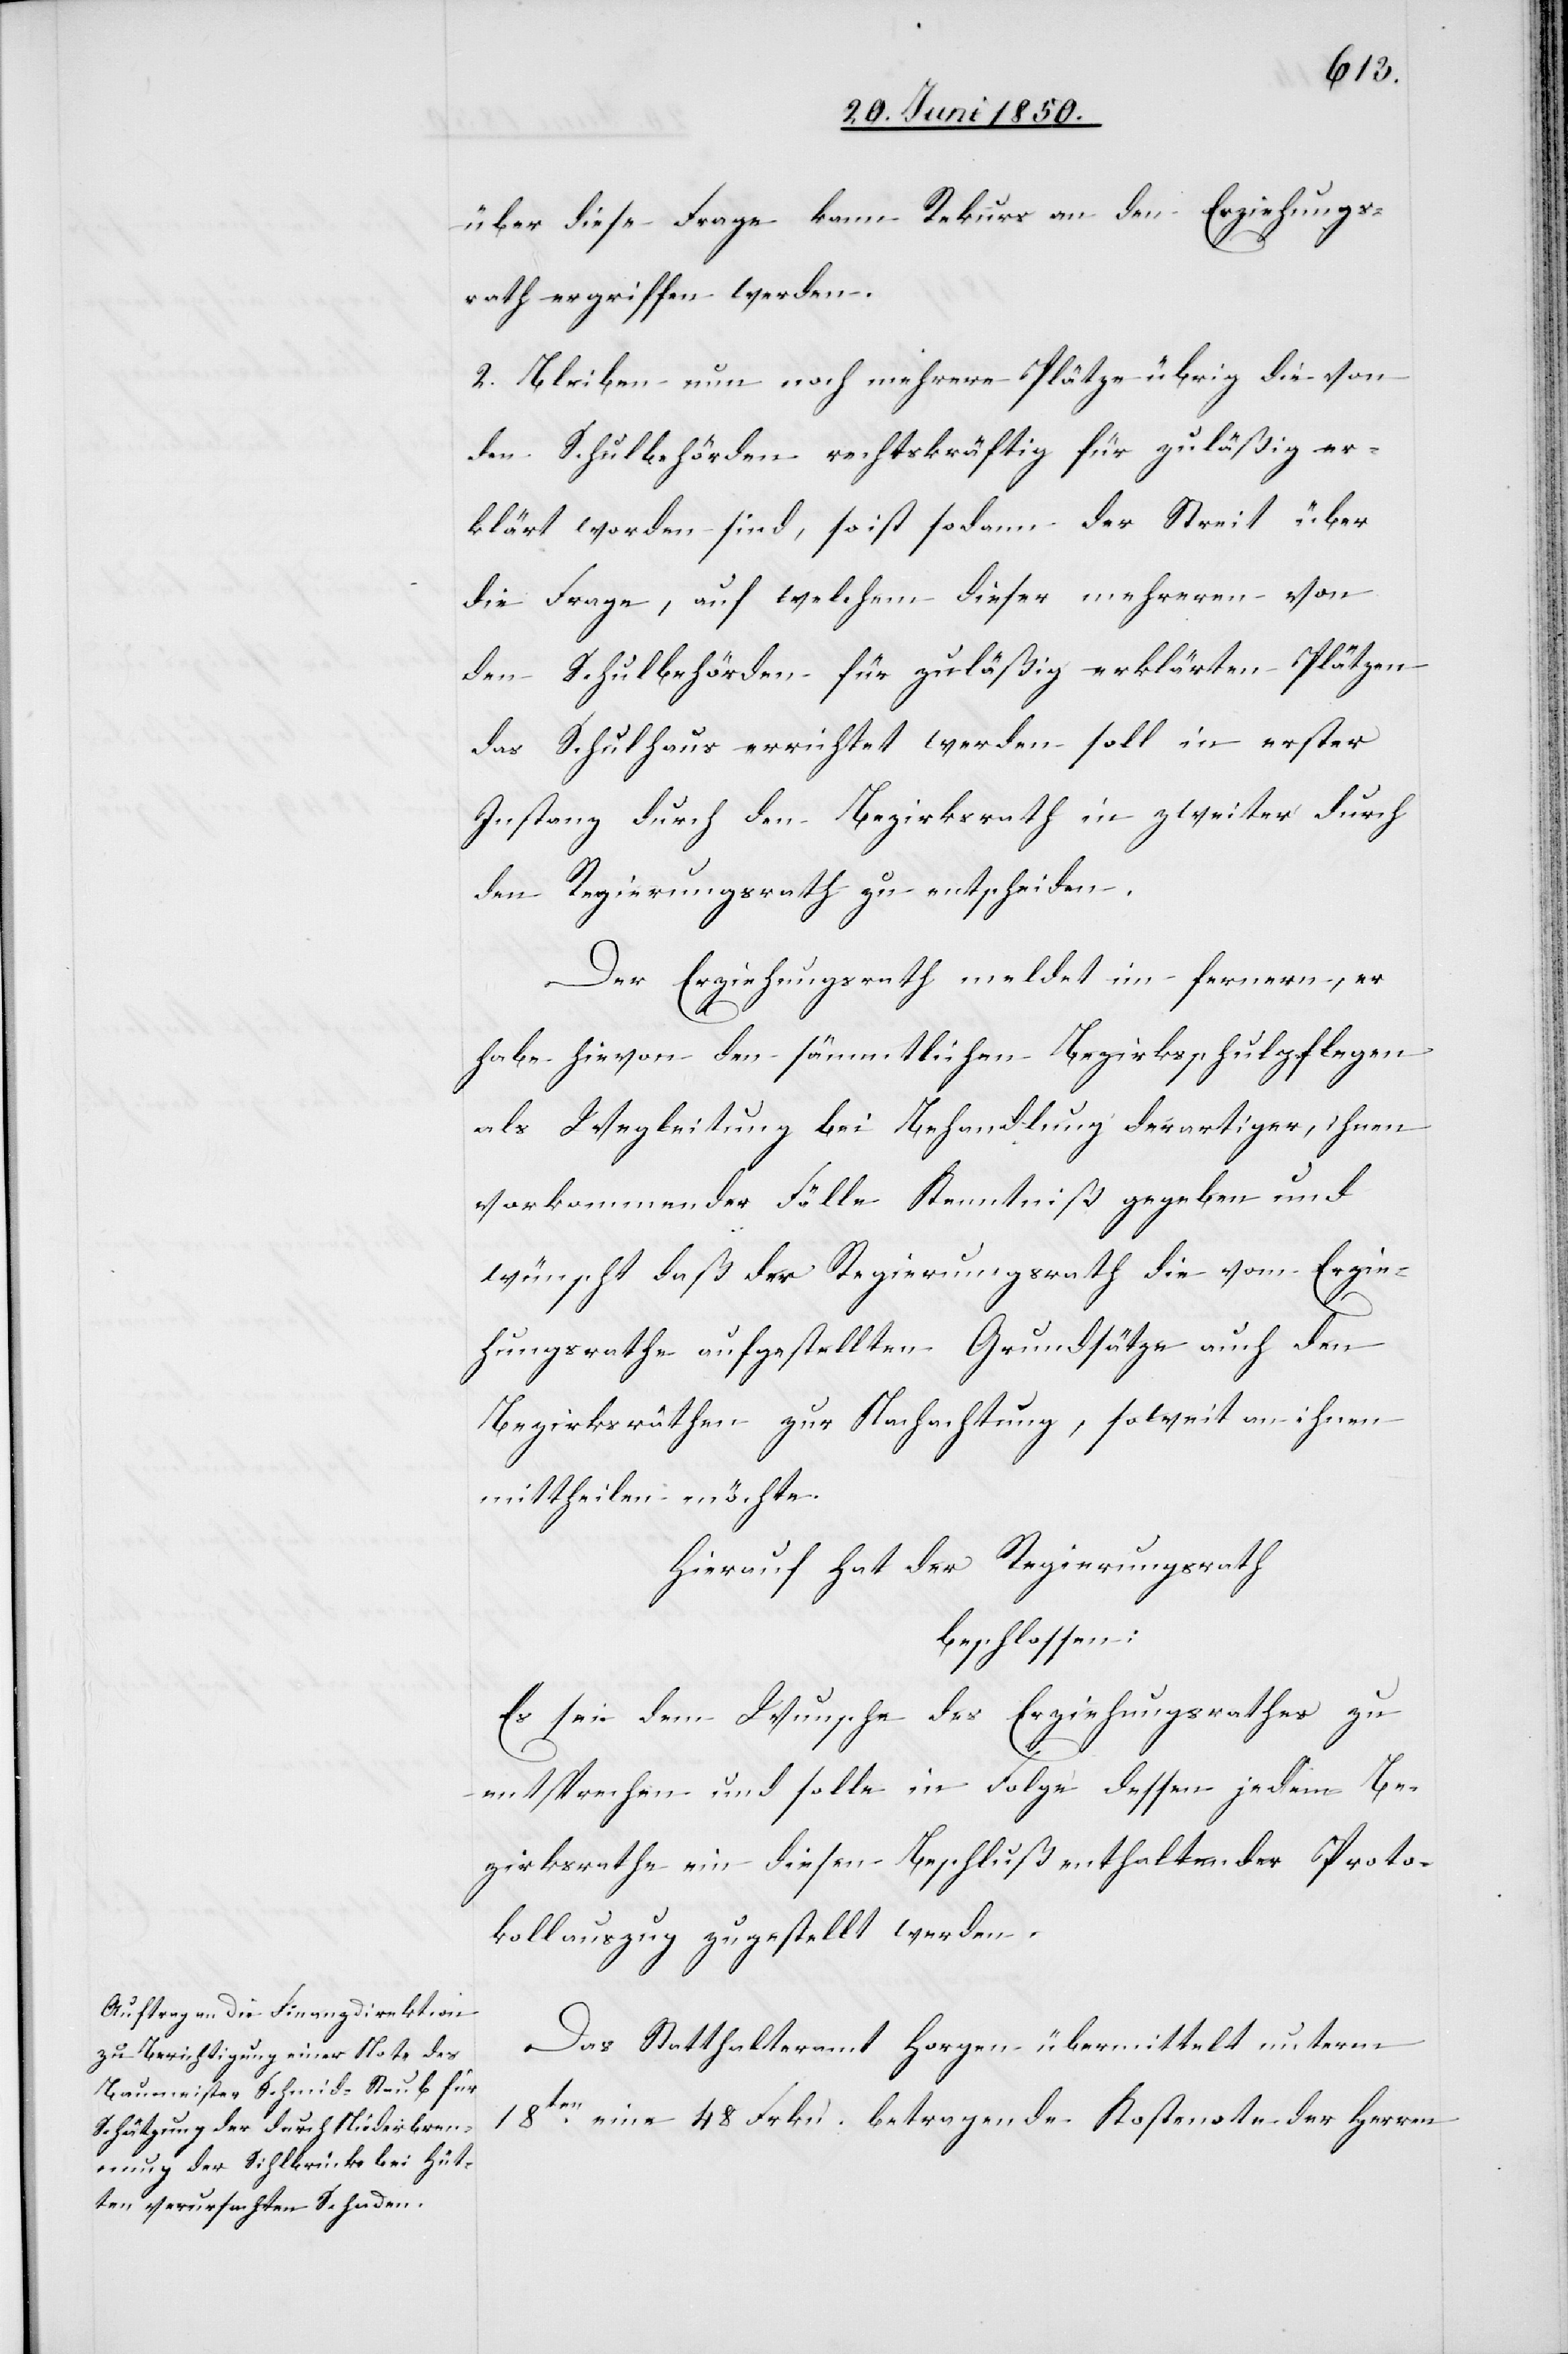
über diese Frage kann Rekurs an den Erziehungs¬
rath ergriffen werden.
2. Bleiben nun noch mehrere Plätze übrig die von
den Schulbehörden rechtskräftig für zuläßig er¬
klärt worden sind, so ist sodann der Streit über
die Frage, auf welchem dieser mehreren von
den Schulbehörden für zuläßig erklärten Plätzen
das Schulhaus errichtet werden soll in erster
Instanz durch den Bezirksrath in zweiter durch
den Regierungsrath zu entscheiden.
Der Erziehungsrath meldet im fernern, er
habe hievon den sämmtlichen Bezirksschulpflegen
als Wegleitung bei Behandlung derartiger, ihnen
vorkommender Fälle Kenntniß gegeben und
wünscht daß der Regierungsrath die vom Erzie¬
hungsrathe aufgestellten Grundsätze auch den
Bezirksräthen zur Nachachtung, soweit an ihnen
mittheilen möchte.
Hierauf hat der Regierungsrath
beschlossen:
Es sei dem Wunsche des Erziehungsrathes zu
entsprechen und solle in Folge dessen jedem Be¬
zirksrathe ein diesen Beschluß enthaltender Proto¬
kollauszug zugestellt werden.
Das Statthalteramt Horgen übermittelt unterm
18ten eine 48 Frkn. betragende Kostennote der Herren